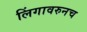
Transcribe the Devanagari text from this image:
लिंगावरुनच